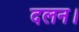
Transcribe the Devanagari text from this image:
दलन।